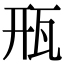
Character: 㼛